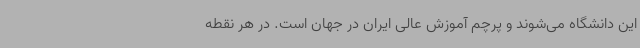
این دانشگاه می‌شوند و پرچم آموزش عالی ایران در جهان است. در هر نقطه